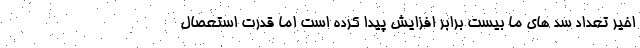
اخیر تعداد سد های ما بیست برابر افزایش پیدا کرده است اما قدرت استعصال